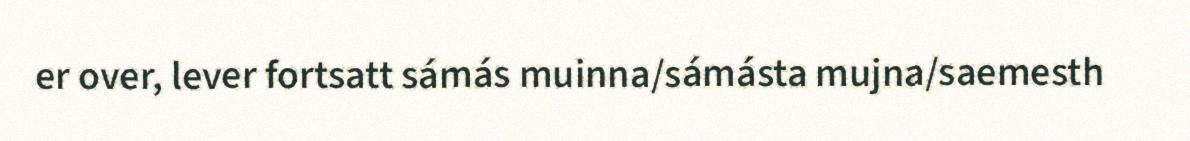
er over, lever fortsatt sámás muinna/sámásta mujna/saemesth